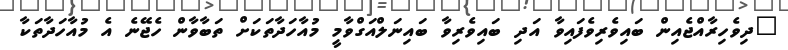
"ދިވެހިރާއްޖެއިން ބައިވެރިވެފައިވާ އަދި ބައިވެރިވާ ބައިނަލްއަގްވާމީ މުއާހަދާތަކަށް ތަބާވާން ހެޖޭނެ އެ މުއާހަދާތަކާ